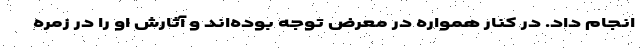
انجام داد. در کنار همواره در معرض توجه بوده‌اند و آثارش او را در زمره